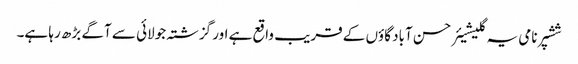
ششپر نامی یہ گلیشیئر حسن آباد گاؤں کے قریب واقع ہے اور گزشتہ جولائی سے آگے بڑھ رہا ہے۔